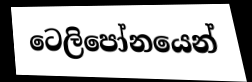
ටෙලිපෝනයෙන්